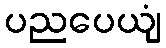
ပညပေယျံ